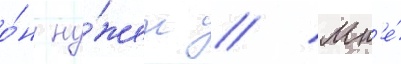
о́н ну́жен // Мн'е́